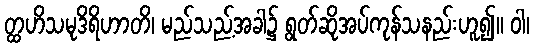
တ္ထဟိသမုဒိရိဟာတိ၊ မည်သည့်အခါ၌ ရွတ်ဆိုအပ်ကုန်သနည်းဟူ၍။ ဝါ၊